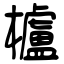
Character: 櫨